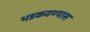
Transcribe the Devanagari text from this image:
भडकवण्यास